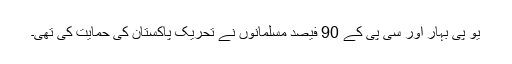
یو پی بہار اور سی پی کے 90 فیصد مسلمانوں نے تحریک پاکستان کی حمایت کی تھی۔